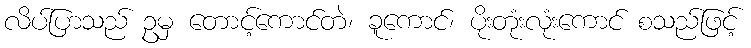
လိပ်ပြာသည် ဥမှ တောင့်ကောင်တဲ၊ ခူကောင်၊ ပိုးတုံးလုံးကောင် စသည်ဖြင့်